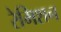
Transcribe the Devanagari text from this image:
रेमिशन